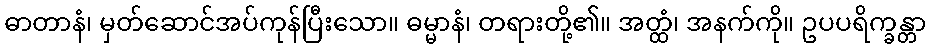
ဓာတာနံ၊ မှတ်ဆောင်အပ်ကုန်ပြီးသော။ ဓမ္မာနံ၊ တရားတို့၏။ အတ္ထံ၊ အနက်ကို။ ဥပပရိက္ခန္တာ